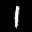
Label: 1